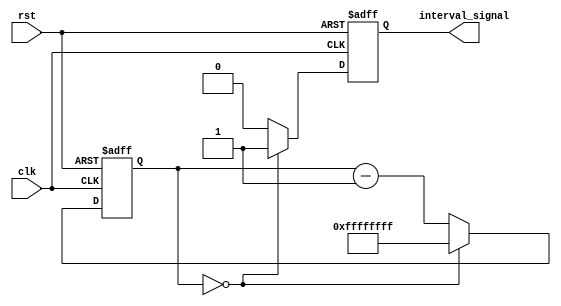
module IntervalTimer (
    input wire clk,
    input wire rst,
    output reg interval_signal
);

reg [31:0] count;

always @ (posedge clk or posedge rst) begin
    if (rst) begin
        count <= 32'hFFFFFFFF;
        interval_signal <= 1'b0;
    end else begin
        if (count == 32'h00000000) begin
            count <= 32'hFFFFFFFF;
            interval_signal <= 1'b1;
        end else begin
            count <= count - 1;
            interval_signal <= 1'b0;
        end
    end
end

endmodule